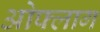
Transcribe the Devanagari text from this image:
ओफ्लाग